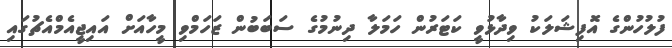
ފުލުހުންގެ އޮފިޝަލަކު ވިދާޅުވީ ކަޓަރުން ހަމަލާ ދިނުމުގެ ސަބަބުން ޒަހަމްވި މީހާއަށް އައިޖީއެމްއެޗުގައި